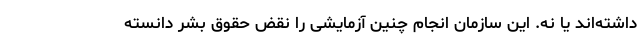
داشته‌اند یا نه. این سازمان انجام چنین آزمایشی را نقض حقوق بشر دانسته